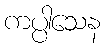
ကပ္ပါသေန